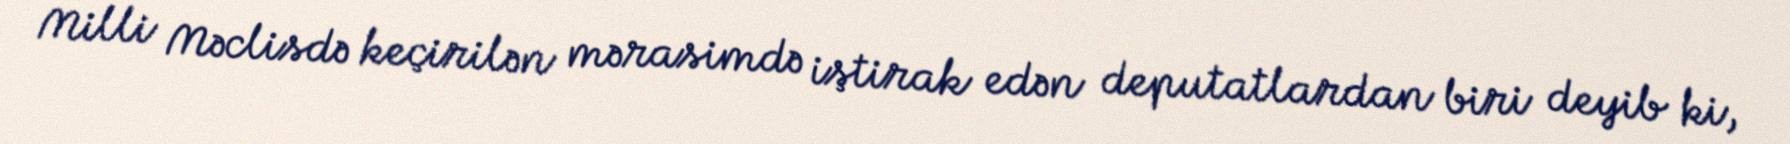
Milli Məclisdə keçirilən mərasimdə iştirak edən deputatlardan biri deyib ki,